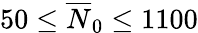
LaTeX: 50\le\overline{{N}}_{0}\le 1100